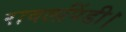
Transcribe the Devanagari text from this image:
रावलपिंडी।